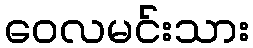
ဝေလမင်းသား